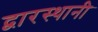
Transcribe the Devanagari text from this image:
द्वारस्थानी